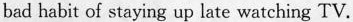
bad habit of staying up late watching TV.